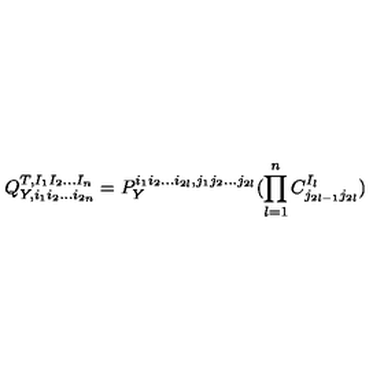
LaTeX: Q _ { Y , i _ { 1 } i _ { 2 } . . . i _ { 2 n } } ^ { T , I _ { 1 } I _ { 2 } . . . I _ { n } } = P _ { Y } ^ { i _ { 1 } i _ { 2 } . . . i _ { 2 l } , j _ { 1 } j _ { 2 } . . . j _ { 2 l } } ( \prod _ { l = 1 } ^ { n } C _ { j _ { 2 l - 1 } j _ { 2 l } } ^ { I _ { l } } )